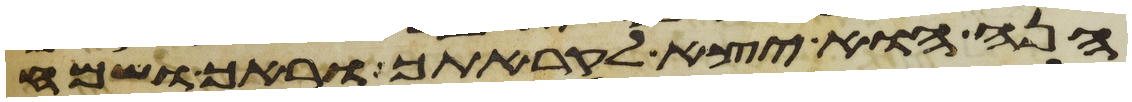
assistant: הנה הוא יצא לקראתך וראך ושמח